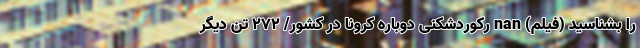
را بشناسید (فیلم) nan رکوردشکنی دوباره کرونا در کشور/ ۲۷۲ تن دیگر